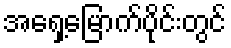
အရှေ့မြောက်ပိုင်းတွင်